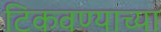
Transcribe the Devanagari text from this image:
टिकवण्याच्या